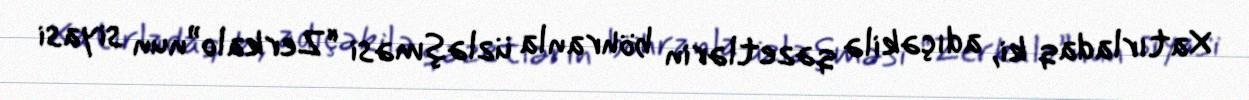
Xatırladaq ki, adıçəkilə qəzetlərin böhranla üzləşməsi “Zerkalo”nun siyasi